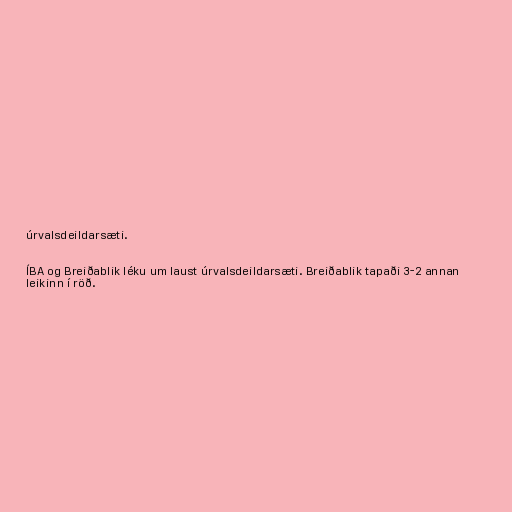
úrvalsdeildarsæti.

ÍBA og Breiðablik léku um laust úrvalsdeildarsæti. Breiðablik tapaði 3-2 annan
leikinn í röð.